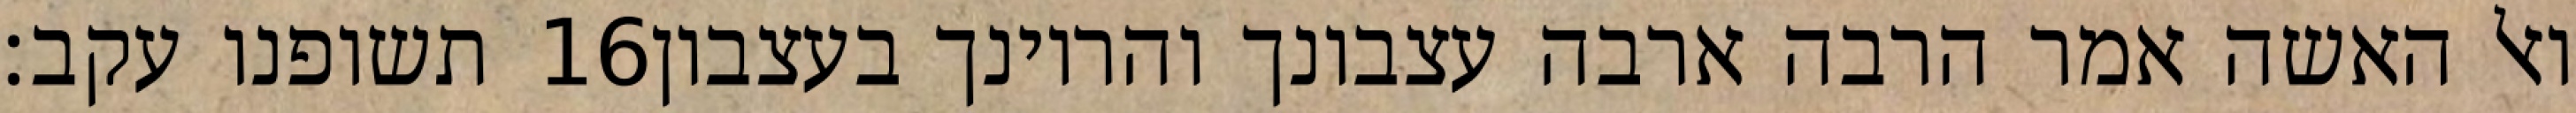
תשופנו עקב׃ ‎16‏ ואל האשה אמר הרבה ארבה עצבונך והריונך בעצבון